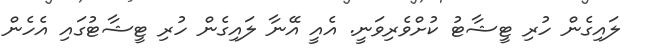
ލައިގެން ހުރި ޓީޝާޓު ކުށްވެރިވަނީ. އެއީ އޭނާ ލައިގެން ހުރި ޓީޝާޓުގައި އެހެން